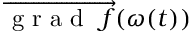
\overrightarrow { \mathrm { ~ g ~ r ~ a ~ d ~ } ~ f } ( \boldsymbol { \omega } ( t ) )